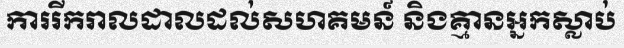
ការរីករាលដាលដល់សហគមន៍ និងគ្មានអ្នកស្លាប់